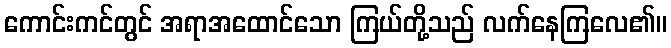
ကောင်းကင်တွင် အရာအထောင်သော ကြယ်တို့သည် လက်နေကြလေ၏။